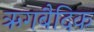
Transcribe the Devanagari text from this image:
ऋगबैदिक